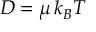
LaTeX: D = { \mu \, k _ { B } T }